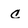
Character: c